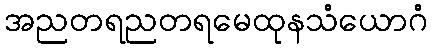
အညတရညတရမေထုနသံယောဂံ